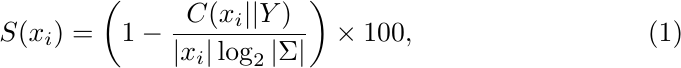
\begin{equation}
    S(x_i) = \left(1 - \frac{C(x_i||Y)}{|x_i| \log_2|\Sigma|}\right) \times 100,
\end{equation}